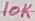
Text: 10K